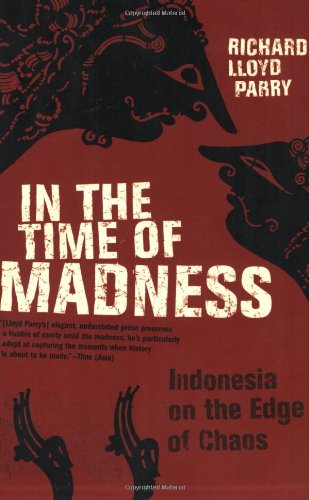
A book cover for In the Time of Madness: Indonesia on the Edge of Chaos; Richard Lloyd Parry; Travel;